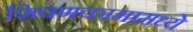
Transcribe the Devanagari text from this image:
शिवणकामामध्ये